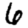
Digit: 6